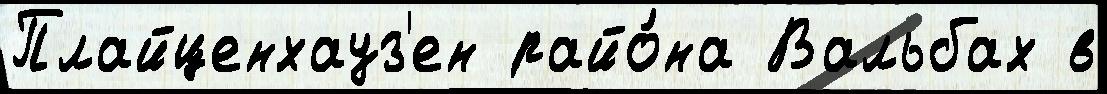
Плайценхауз'ен райо́на Вальбах в